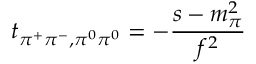
t _ { \pi ^ { + } \pi ^ { - } , \pi ^ { 0 } \pi ^ { 0 } } = - \frac { s - m _ { \pi } ^ { 2 } } { f ^ { 2 } }